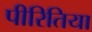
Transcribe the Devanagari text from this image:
पीरितिया